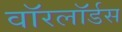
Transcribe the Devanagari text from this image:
वाॅरलाॅर्डस